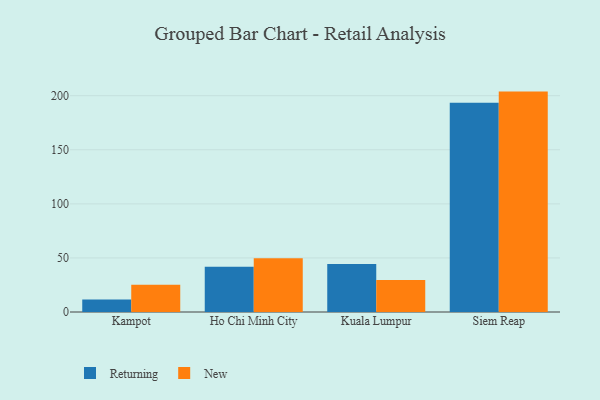
{"axis": {"x": "City", "y": "Gross Profit (USD K)"}, "legend": ["New", "Returning"], "data": [{"x": "Kampot", "y": 11.6, "type": "Returning"}, {"x": "Kampot", "y": 25.1, "type": "New"}, {"x": "Ho Chi Minh City", "y": 41.8, "type": "Returning"}, {"x": "Ho Chi Minh City", "y": 49.6, "type": "New"}, {"x": "Kuala Lumpur", "y": 44.4, "type": "Returning"}, {"x": "Kuala Lumpur", "y": 29.7, "type": "New"}, {"x": "Siem Reap", "y": 193.5, "type": "Returning"}, {"x": "Siem Reap", "y": 203.8, "type": "New"}]}